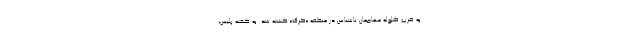
به ضرب گلوله مهاجمان ناشناس در منطقه «کرک» کشته شد. به‌ گفته پلیس،